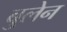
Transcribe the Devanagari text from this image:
बुलेन